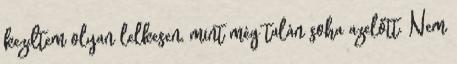
kezdtem olyan lelkesen, mint még talán soha azelőtt. Nem